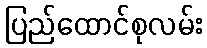
ပြည်ထောင်စုလမ်း